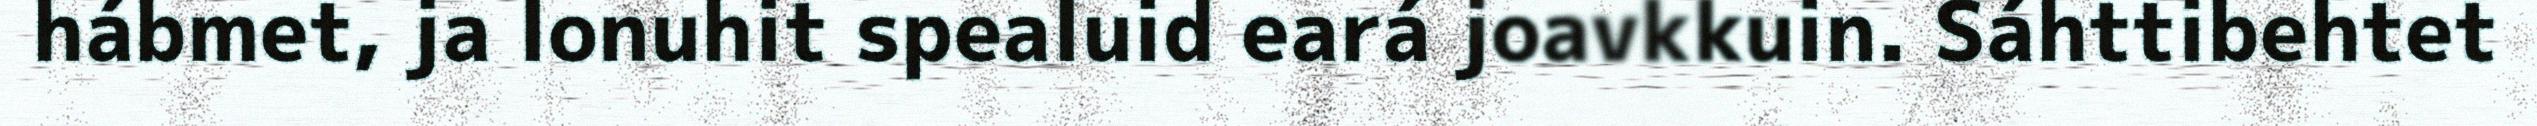
hábmet, ja lonuhit spealuid eará joavkkuin. Sáhttibehtet